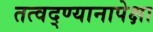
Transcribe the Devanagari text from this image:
तत्वद्ण्यानापेक्षा